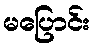
မပြောင်း